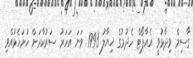
ގާސިމް ވިދާޅުވީ އެއާޕޯޓް ހެދުމުގެ ޚިޔާލު 1993 ވަނަ އަހަރު ސަރުކާރަށް ހުށަހެޅުއްވި